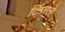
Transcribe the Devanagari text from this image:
टिंजले